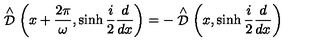
\stackrel { \wedge } { \cal D } \left( x + \frac { 2 \pi } { \omega } , \sinh \frac { i } { 2 } \frac { d } { d x } \right) = - \stackrel { \wedge } { \cal D } \left( x , \sinh \frac { i } { 2 } \frac { d } { d x } \right)